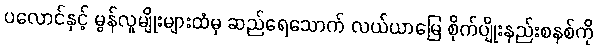
ပလောင်နှင့် မွန်လူမျိုးများထံမှ ဆည်ရေသောက် လယ်ယာမြေ စိုက်ပျိုးနည်းစနစ်ကို